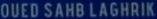
OUED SAHB LAGHRIK